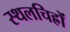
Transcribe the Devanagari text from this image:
स्थलचिह्रों